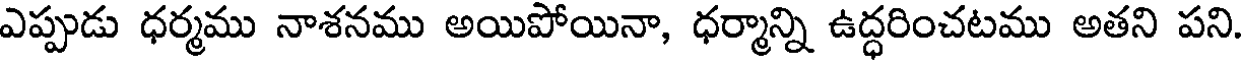
ఎప్పుడు ధర్మము నాశనము అయిపోయినా, ధర్మాన్ని ఉద్ధరించటము అతని పని